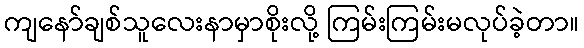
ကျနော်ချစ်သူလေးနာမှာစိုးလို့ ကြမ်းကြမ်းမလုပ်ခဲ့တာ။